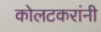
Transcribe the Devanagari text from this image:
कोलटकरांनी